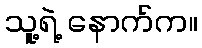
သူ့ရဲ့ နောက်က။